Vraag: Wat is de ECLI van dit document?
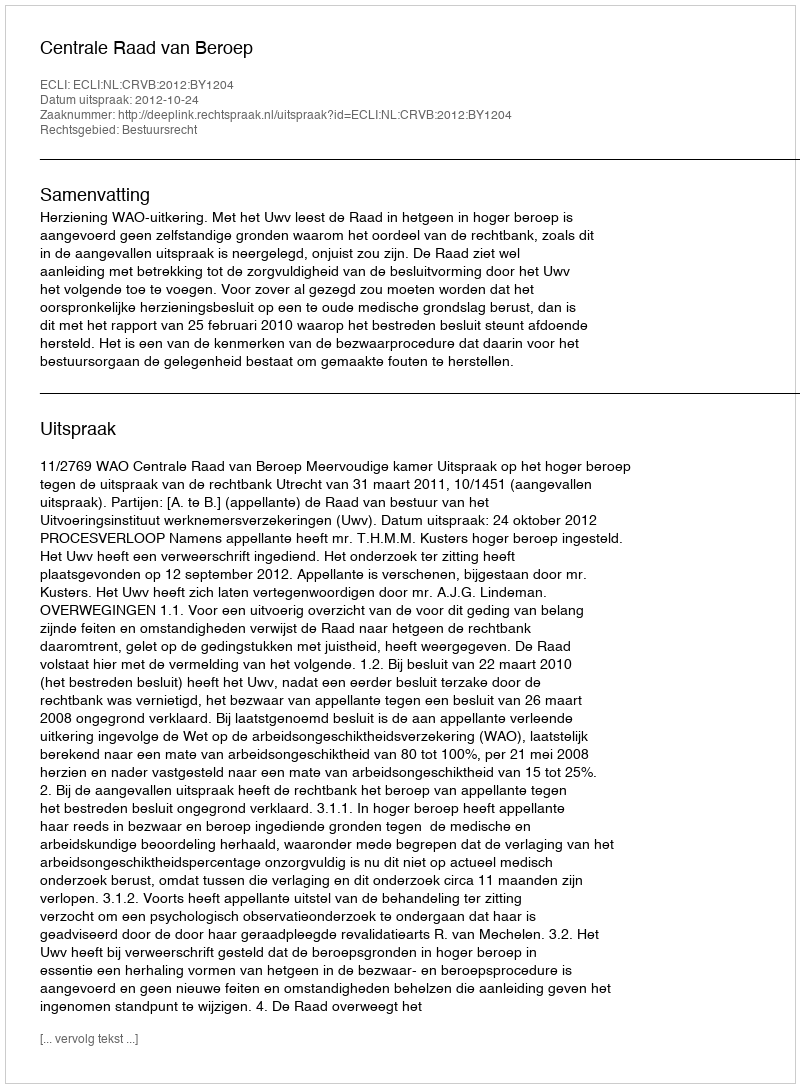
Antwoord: ECLI:NL:CRVB:2012:BY1204